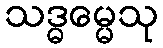
သဒ္ဓမ္မေသု